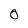
Character: 0